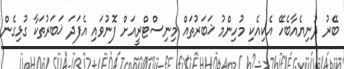
ބޭރު ދުނިޔެއާބެހޭ އެކިއެކި މުހިންމު ޚަބަރުތައް މިނިސްޓްރީއަށް ފޮނުވައި އެފަދަ ޚަބަރުތަކާ ގުޅިގެން